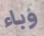
وباء